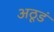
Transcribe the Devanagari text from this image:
अठूडं